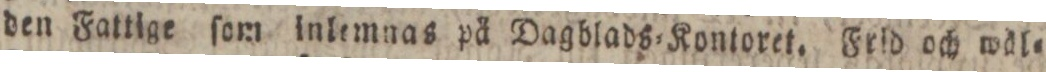
den Fattige ſom inlemnas på Dagblads=Kontoret. Frld och wäl=